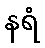
နရံ